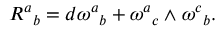
{ R ^ { a } } _ { b } = { d \omega ^ { a } } _ { b } + { \omega ^ { a } } _ { c } \mathrm { \tiny ~ \wedge ~ } { \omega ^ { c } } _ { b } .